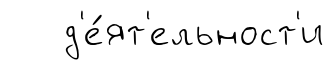
д'е́ят'ельност'и